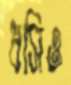
ধসিও